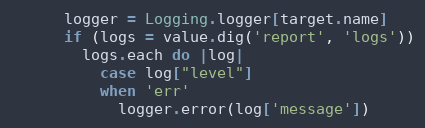
Language: Ruby
      logger = Logging.logger[target.name]
      if (logs = value.dig('report', 'logs'))
        logs.each do |log|
          case log["level"]
          when 'err'
            logger.error(log['message'])